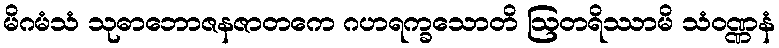
မိဂမံသံ သုဓာဘောဇနဇာတကေ ဂဟရက္ခသောတိ ဩတရိဿာမိ သံဝဏ္ဏနံ